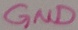
Text: GND